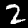
Label: 2